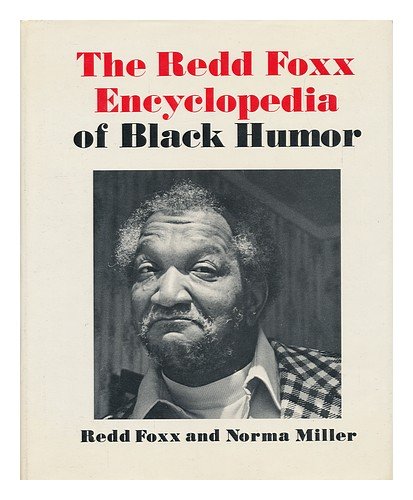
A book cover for The Redd Foxx Encyclopedia of Black humor; Redd Foxx and Norma Miller; Reference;